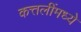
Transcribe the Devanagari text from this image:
कत्तलींमध्ये